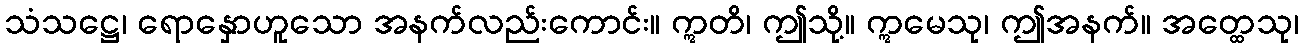
သံသဋ္ဌေ၊ ရောနှောဟူသော အနက်လည်းကောင်း။ ဣတိ၊ ဤသို့။ ဣမေသု၊ ဤအနက်။ အတ္ထေသု၊